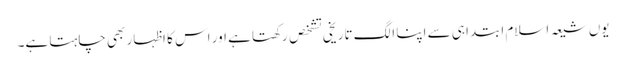
یوں شیعہ اسلام ابتدا ہی سے اپنا الگ تاریخی تشخص رکھتا ہے اور اس کا اظہار بھی چاہتا ہے۔